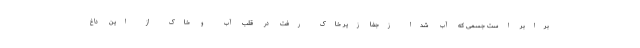
برابر است جسمی که آب شدا زجفا زیر خاک رفت در قلب آب و خاک از این داغ